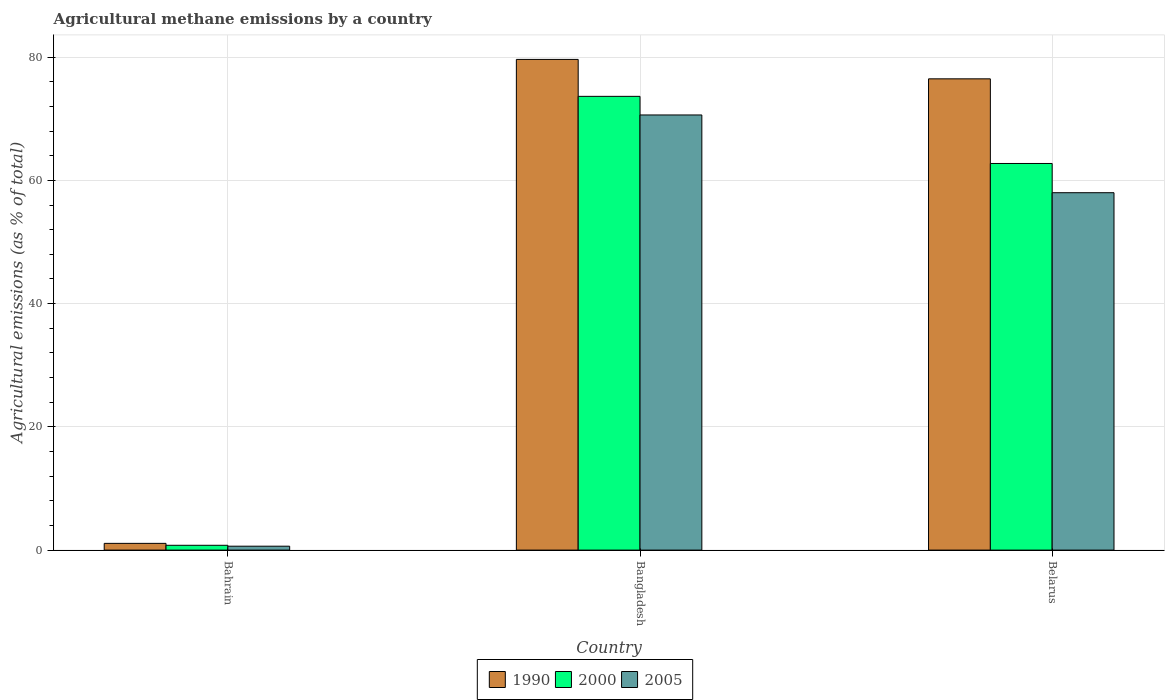
| Country | 1990 | 2000 | 2005 |
 | --- | --- | --- | --- |
 | Bahrain | 1.09 | 0.782 | 0.634 |
 | Bangladesh | 79.6 | 73.6 | 70.6 |
 | Belarus | 76.5 | 62.7 | 58 |